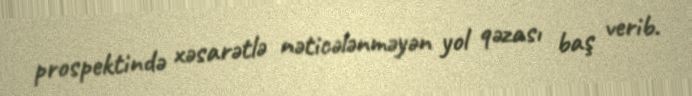
prospektində xəsarətlə nəticələnməyən yol qəzası baş verib.